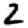
Digit: 2